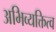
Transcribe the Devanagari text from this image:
अभिव्यक्तित्व